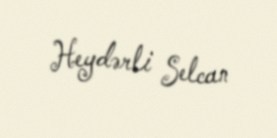
Heydərli Selcan